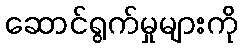
ဆောင်ရွက်မှုများကို